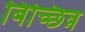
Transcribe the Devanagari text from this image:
बिच्छिन्न